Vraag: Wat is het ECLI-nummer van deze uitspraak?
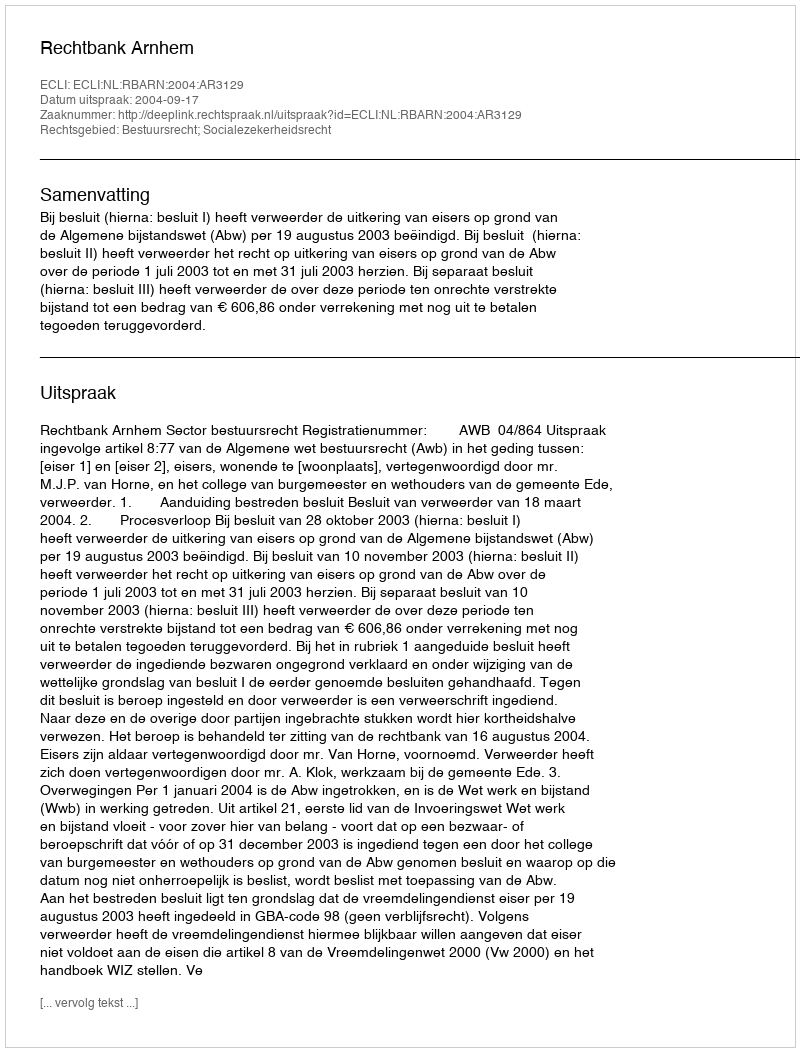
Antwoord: ECLI:NL:RBARN:2004:AR3129